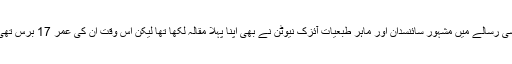
اسی رسالے میں مشہور سائنسدان اور ماہر طبعیات آئزک نیوٹن نے بھی اپنا پہلا مقالہ لکھا تھا لیکن اس وقت ان کی عمر 17 برس تھی۔